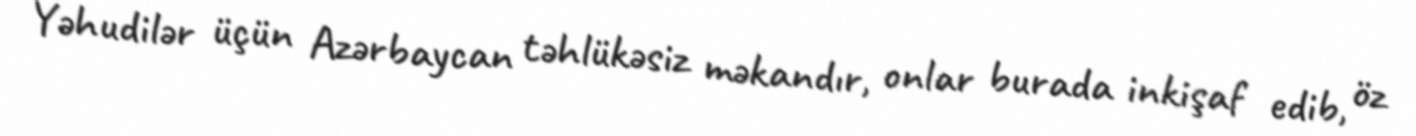
Yəhudilər üçün Azərbaycan təhlükəsiz məkandır, onlar burada inkişaf edib, öz